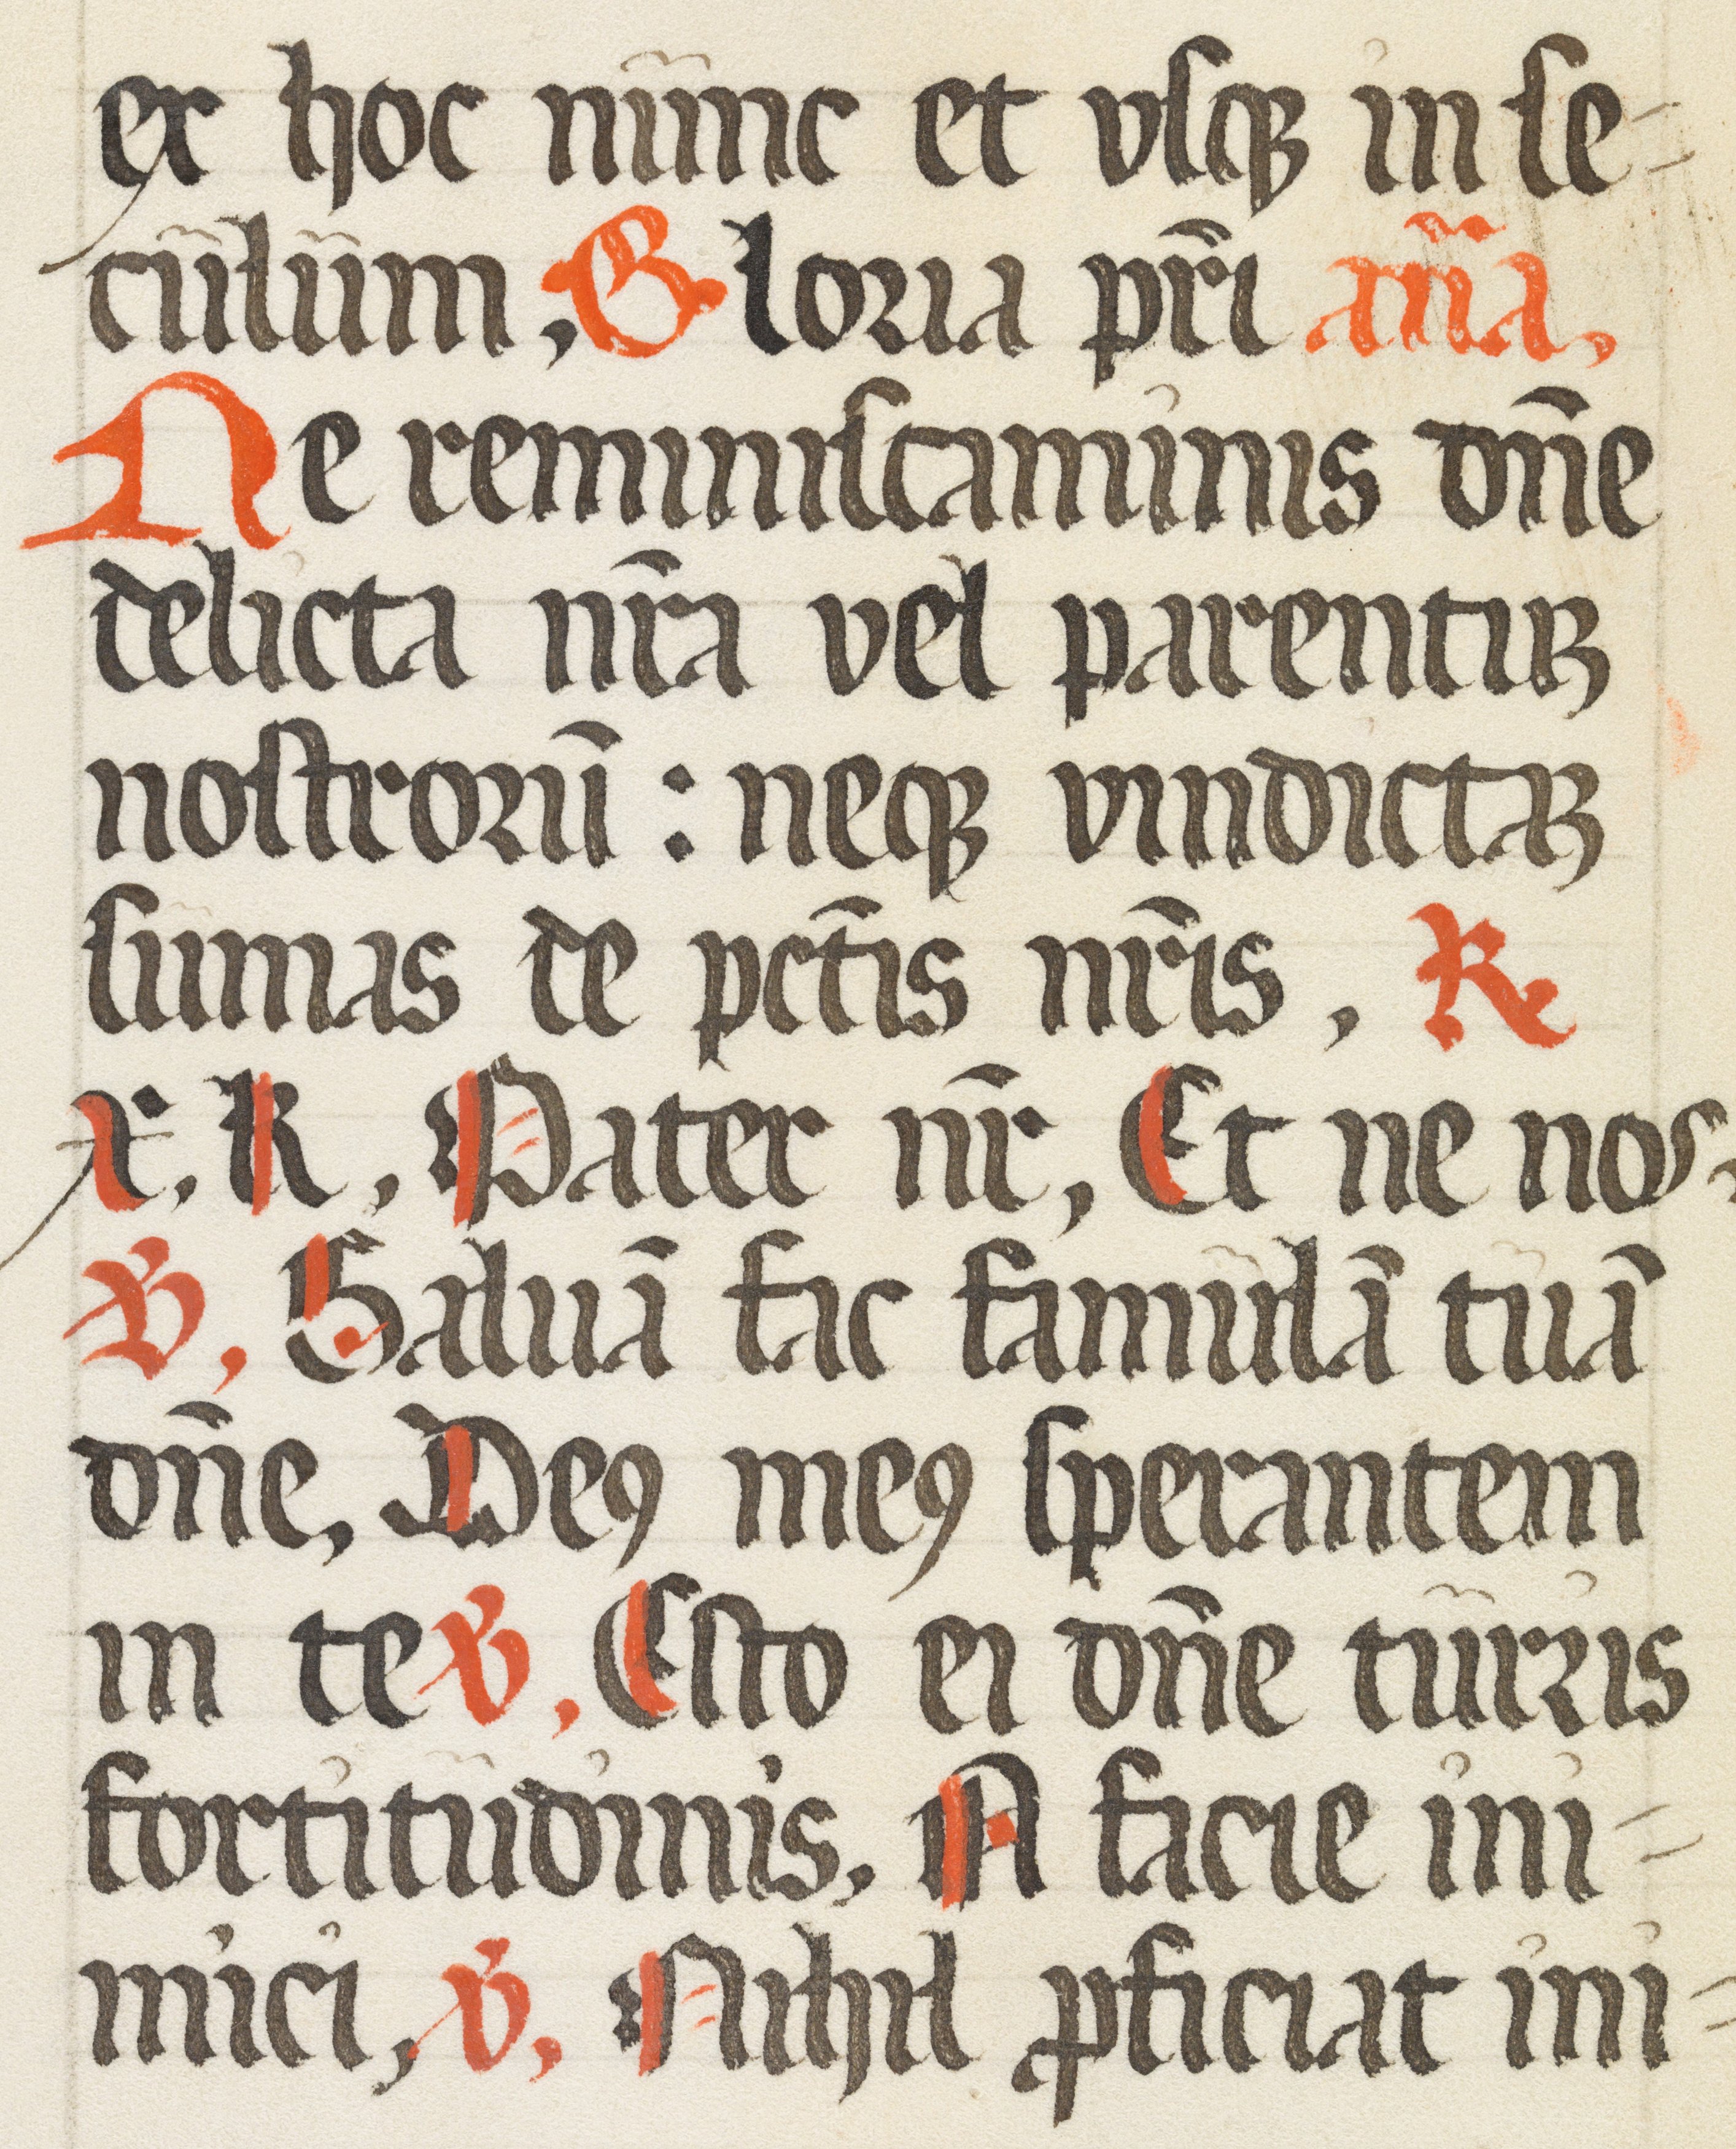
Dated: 1500–1599